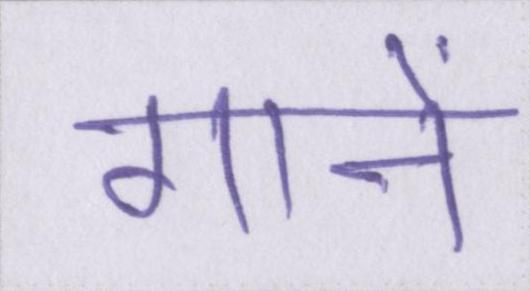
गानें